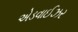
એડવાઈઝર